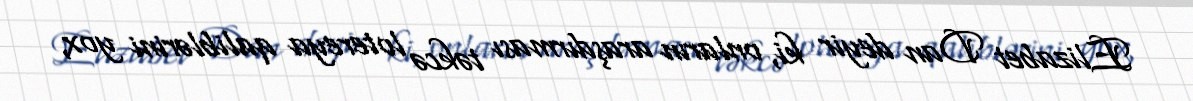
Elizabet Dan deyir ki, onların araşdırması təkcə lotereya qaliblərini yox,